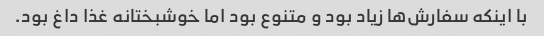
با اینکه سفارش‌ها زیاد بود و متنوع بود اما خوشبختانه غذا داغ بود.